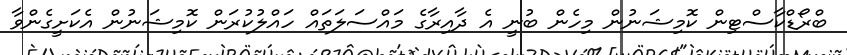
ބްރޯޑްކާސްޓިން ކޮމިޝަނުން މިހެން ބުނީ އެ ދާއިރާގެ މައްސަލަތައް ހައްލުކުރަން ކޮމިޝަނުން އެކަށީގެންވާ